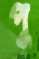
পু